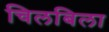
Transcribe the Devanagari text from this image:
चिलबिला